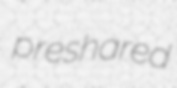
preshared